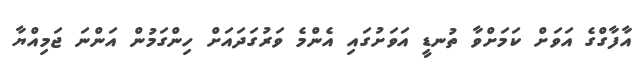
އާފާގްގެ އަވަށް ކަމަށްވާ ތުނޑީ އަވަށުގައި އެންމެ ވަރުގަދައަށް ހިންގަމުން އަންނަ ޖަމިއްޔާ